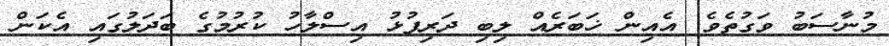
މުނާސަބު ވަގުތެވެ. އެއިން ޚަބަރެއް ލިބި ދަރިފުޅު އިސްލާހު ކުރުމުގެ ބަދަލުގައި އެކަން